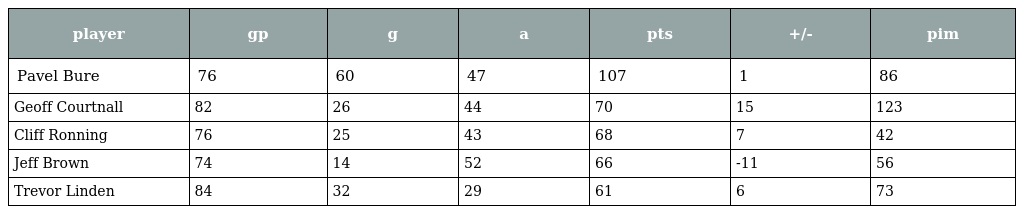
| player | gp | g | a | pts | +/- | pim |
 | --- | --- | --- | --- | --- | --- | --- |
 | Pavel Bure | 76 | 60 | 47 | 107 | 1 | 86 |
 | Geoff Courtnall | 82 | 26 | 44 | 70 | 15 | 123 |
 | Cliff Ronning | 76 | 25 | 43 | 68 | 7 | 42 |
 | Jeff Brown | 74 | 14 | 52 | 66 | -11 | 56 |
 | Trevor Linden | 84 | 32 | 29 | 61 | 6 | 73 |